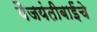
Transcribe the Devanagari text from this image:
वैजयंतीबाईंचे